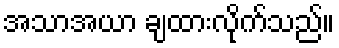
အသာအယာ ချထားလိုက်သည်။